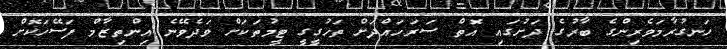
ހަނގުރާމަވެރިންގެ ބާރުގެ ދަށުގައި އޮތް ސަރަހައްދަށް ތަހުގީގީ ޓީމުތަކަށް ވަދެވޭނެ އިންތިޒާމް ފަސޭހަކޮށް